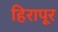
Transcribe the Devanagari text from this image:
हिरापूर